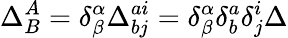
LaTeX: \Delta_{B}^{A}=\delta_{\beta}^{\alpha}\Delta_{bj}^{ai}=\delta_{\beta}^{\alpha}\delta_{b}^{a}\delta_{j}^{i}\Delta